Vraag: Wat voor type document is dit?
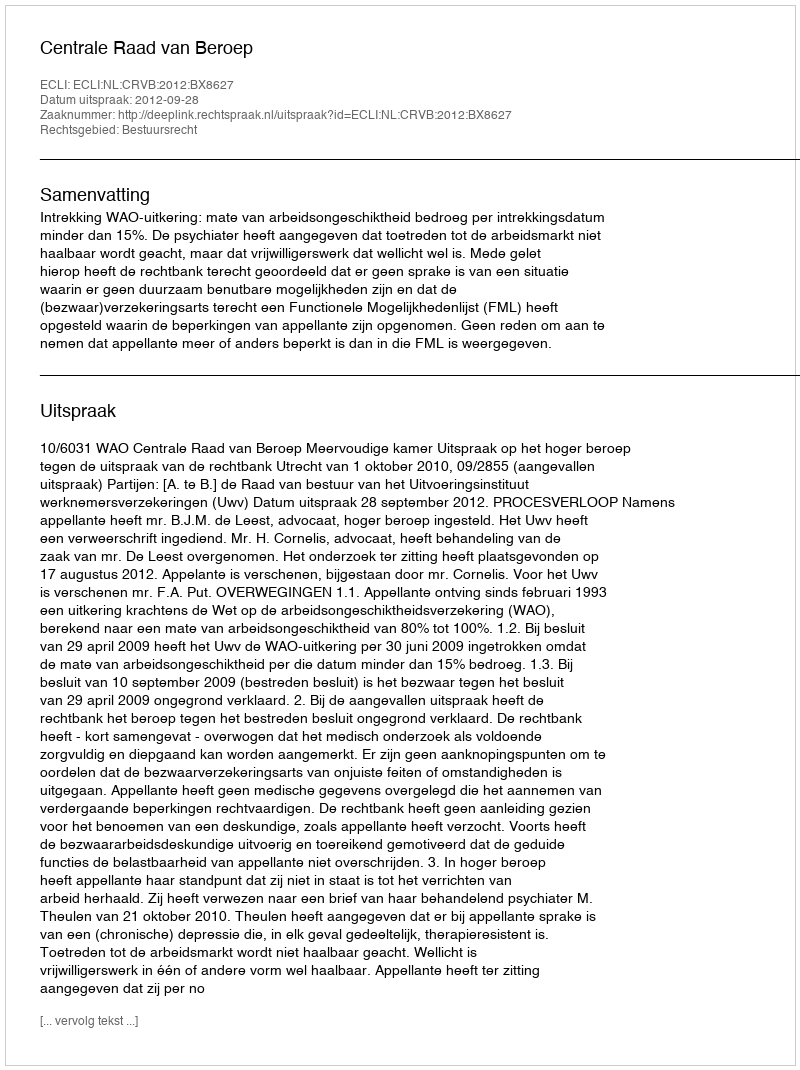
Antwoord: Uitspraak